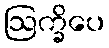
ဩက္ခိပေ